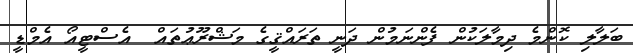
ބަލާލި ކޮންމެ ދިމާލަކުން ފެންނަމުން ދަނީ ތަރައްޤީގެ މަޝްރޫޢުތައް  އެސްޓީއޯ އެމްޑީ